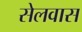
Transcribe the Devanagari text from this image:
सेलवास